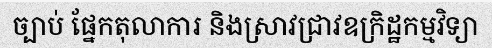
ច្បាប់ ផ្នែកតុលាការ និងស្រាវជ្រាវឧក្រិដ្ឋកម្មវិទ្យា